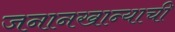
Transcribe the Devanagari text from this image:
जनानखान्याची